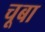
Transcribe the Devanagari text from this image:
चूबा